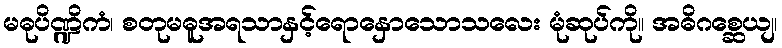
မဓုပိဏ္ဍိကံ၊ စတုမဓူအရသာနှင့်ရောနှောသောသလေး မုံဆုပ်ကို။ အဓိဂစ္ဆေယျ၊